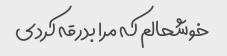
خوشحالم که مرا بدرقه کردی